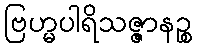
ဗြဟ္မပါရိသဇ္ဇာနဉ္စ